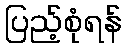
ပြည့်စုံရန်